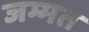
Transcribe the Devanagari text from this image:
जम्मत